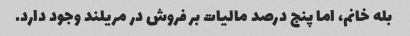
بله خانم، اما پنج درصد مالیات بر فروش در مریلند وجود دارد.